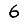
Digit: 6